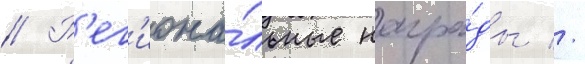
// Р'ег'иона́льные награ́ды //